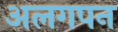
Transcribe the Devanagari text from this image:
अलगपन